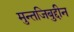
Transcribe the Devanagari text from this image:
मुन्तजिबुद्दीन